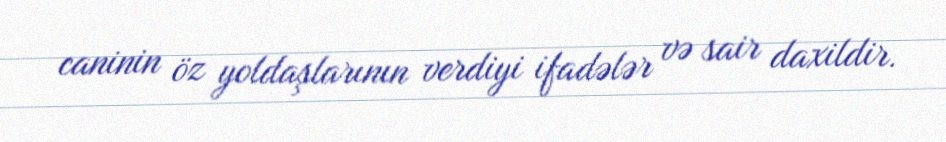
caninin öz yoldaşlarının verdiyi ifadələr və sair daxildir.